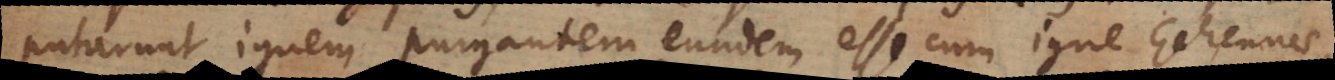
putarunt ignem purgantem eundem esse cum igne Gehennae,